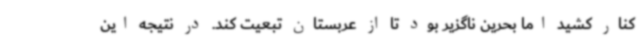
کنار کشید اما بحرین ناگزیر بود تا از عربستان تبعیت کند. در نتیجه این